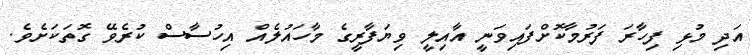
އަދި މުޅި ފިހާރަ ފަރުމާކޮށްފައިވަނީ އާއިލީ ވިޔަފާރީގެ މާހައުލެއް އިހުސާސް ކުރެވޭ ގޮތަކަށެވެ.